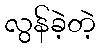
လွန်ခဲ့တဲ့